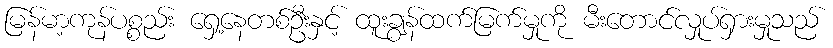
မြန်မာ့ကုန်ပစ္စည်း ရှေ့နေတစ်ဦးနှင့် ထူးချွန်ထက်မြက်မှုကို မီးတောင်လှုပ်ရှားမှုသည်